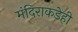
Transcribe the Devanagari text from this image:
मंदिराकडेही